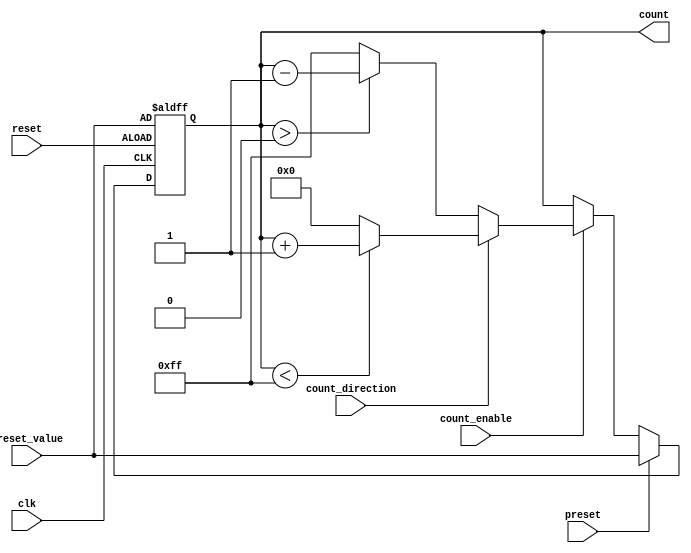
module presettable_counter #(
    parameter WIDTH = 8,            // Bit-width of the counter
    parameter MAX_VALUE = 255,      // Maximum value for up-counting
    parameter MIN_VALUE = 0         // Minimum value for down-counting
)(
    input wire clk,                 // Clock signal
    input wire reset,               // Asynchronous reset signal
    input wire preset,              // Preset signal
    input wire [WIDTH-1:0] preset_value, // Value to preset the counter
    input wire count_enable,        // Count enable signal
    input wire count_direction,     // 1 for up-counting, 0 for down-counting
    output reg [WIDTH-1:0] count    // Current count value
);

    // Asynchronous reset and preset logic
    always @(posedge clk or posedge reset) begin
        if (reset) begin
            count <= preset_value; // Reset to preset value
        end else if (preset) begin
            count <= preset_value; // Load preset value
        end else if (count_enable) begin
            if (count_direction) begin
                // Up-counting
                if (count < MAX_VALUE) begin
                    count <= count + 1; // Increment count
                end else begin
                    count <= MIN_VALUE; // Wrap around to minimum
                end
            end else begin
                // Down-counting
                if (count > MIN_VALUE) begin
                    count <= count - 1; // Decrement count
                end else begin
                    count <= MAX_VALUE; // Wrap around to maximum
                end
            end
        end
    end

endmodule